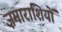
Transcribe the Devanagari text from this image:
ज़माराशियों